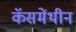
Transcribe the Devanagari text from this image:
कॅसमेंथीन